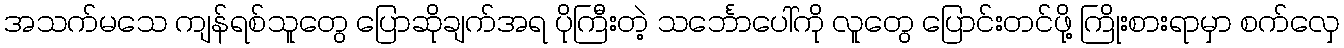
အသက်မသေ ကျန်ရစ်သူတွေ ပြောဆိုချက်အရ ပိုကြီးတဲ့ သင်္ဘောပေါ်ကို လူတွေ ပြောင်းတင်ဖို့ ကြိုးစားရာမှာ စက်လှေ